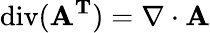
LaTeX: \operatorname{div}(\mathbf{A^{T}})=\nabla\cdot\mathbf{A}